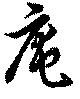
庵